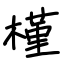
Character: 槿